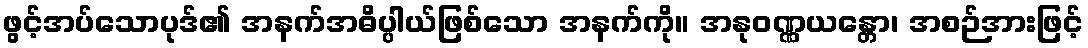
ဖွင့်အပ်သောပုဒ်၏ အနက်အဓိပ္ပါယ်ဖြစ်သော အနက်ကို။ အနုဝဏ္ဏယန္တော၊ အစဉ်အားဖြင့်